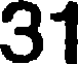
31